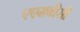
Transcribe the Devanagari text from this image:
एएमबीसी